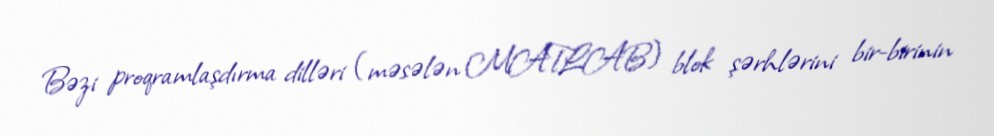
Bəzi proqramlaşdırma dilləri (məsələn MATLAB) blok şərhlərini bir-birinin